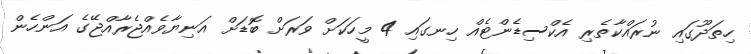
ހިތަދޫގައި ނުރައްކާތެރި އެކްސިޑެންޓެއް ހިނގައި 4 މީހަކަށް ވަރަށް ބޮޑަށް އަނިޔާވެއްޖެރާއްޖޭގެ އަންހެން